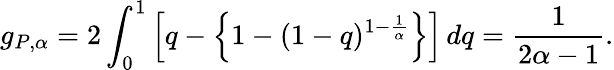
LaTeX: g_{P,\alpha}=2\int_{0}^{1}\left[q-\left\{ 1-(1-q)^{1-\frac{1}{\alpha}}\right\} \right]\, dq=\frac{1}{2\alpha-1}.